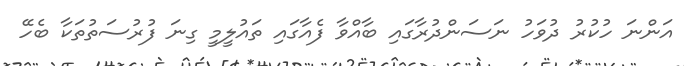
އަންނަ ހުކުރު ދުވަހު ނަސަންދުރާގައި ބާއްވާ ފެއާގައި ތައުލީމީ ގިނަ ފުރުސަތުތަކާ ބެހޭ